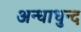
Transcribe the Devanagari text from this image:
अन्धाधुन्द